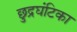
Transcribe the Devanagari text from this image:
छुद्रघंटिका